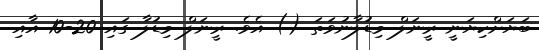
ބަޔަށްކިޔަނީ ރީނަލް މިޑުލާނުވަތަ () އެވެ. ރީނަލް މިޑުލާ ގައި 20-10 އާއި